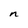
Character: n